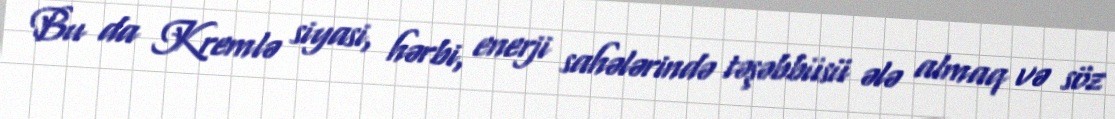
Bu da Kremlə siyasi, hərbi, enerji sahələrində təşəbbüsü ələ almaq və söz